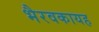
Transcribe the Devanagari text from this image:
भैरवकायह